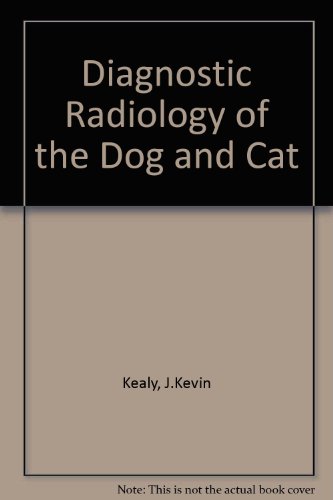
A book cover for Diagnostic Radiology of the Dog and Cat; J. Kevin Kealy; Medical Books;